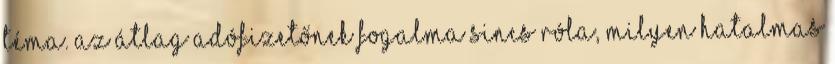
téma. Az átlag adófizetőnek fogalma sincs róla, milyen hatalmas